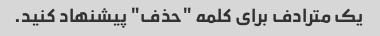
یک مترادف برای کلمه "حذف" پیشنهاد کنید.